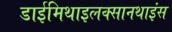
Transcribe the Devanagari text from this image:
डाईमिथाइलक्सानथाइंस